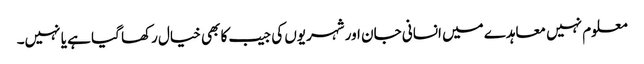
معلوم نہیں معاہدے میں انسانی جان اور شہریوں کی جیب کا بھی خیال رکھا گیا ہے یا نہیں۔